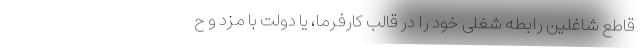
قاطع شاغلین رابطه شغلی خود را در قالب کارفرما، یا دولت با مزد و ح